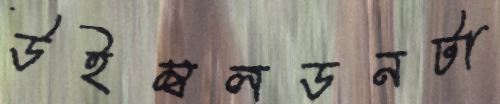
উইম্বলডনটা